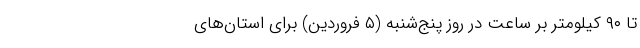
تا ۹۰ کیلومتر بر ساعت در روز پنج‌شنبه (۵ فروردین) برای استان‌های